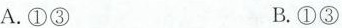
A.①③ B.①③